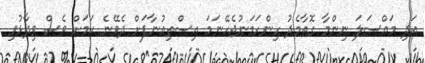
އަދި މައްސަލަ ނިންމާ ގޮތާމެދު ހިންހަމަނުޖެހޭނަމަ އިސްތިއުނާފަށް ދެވޭނެ ކަމަށް ވެސް ވިދާޅުވި